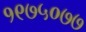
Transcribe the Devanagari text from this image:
१९७५०७७